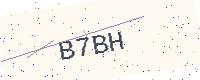
Text: B7BH